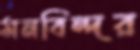
মনবিন্দর